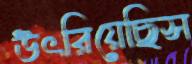
উৎরিয়েছিস